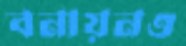
বনায়নও